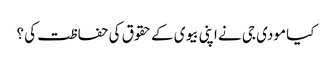
کیا مودی جی نے اپنی بیوی کے حقوق کی حفاظت کی ؟